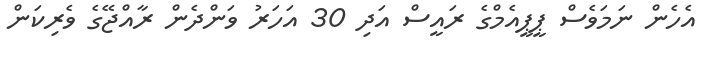
އެހެން ނަމަވެސް ޕީޕީއެމްގެ ރައީސް އަދި 30 އަހަރު ވަންދެން ރާއްޖޭގެ ވެރިކަން